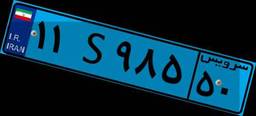
۱۸S۷۱۱۷۶